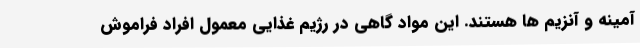
آمینه و آنزیم ها هستند. این مواد گاهی در رژیم غذایی معمول افراد فراموش